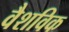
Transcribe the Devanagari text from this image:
वैशविक